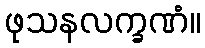
ဖုသနလက္ခဏံ။